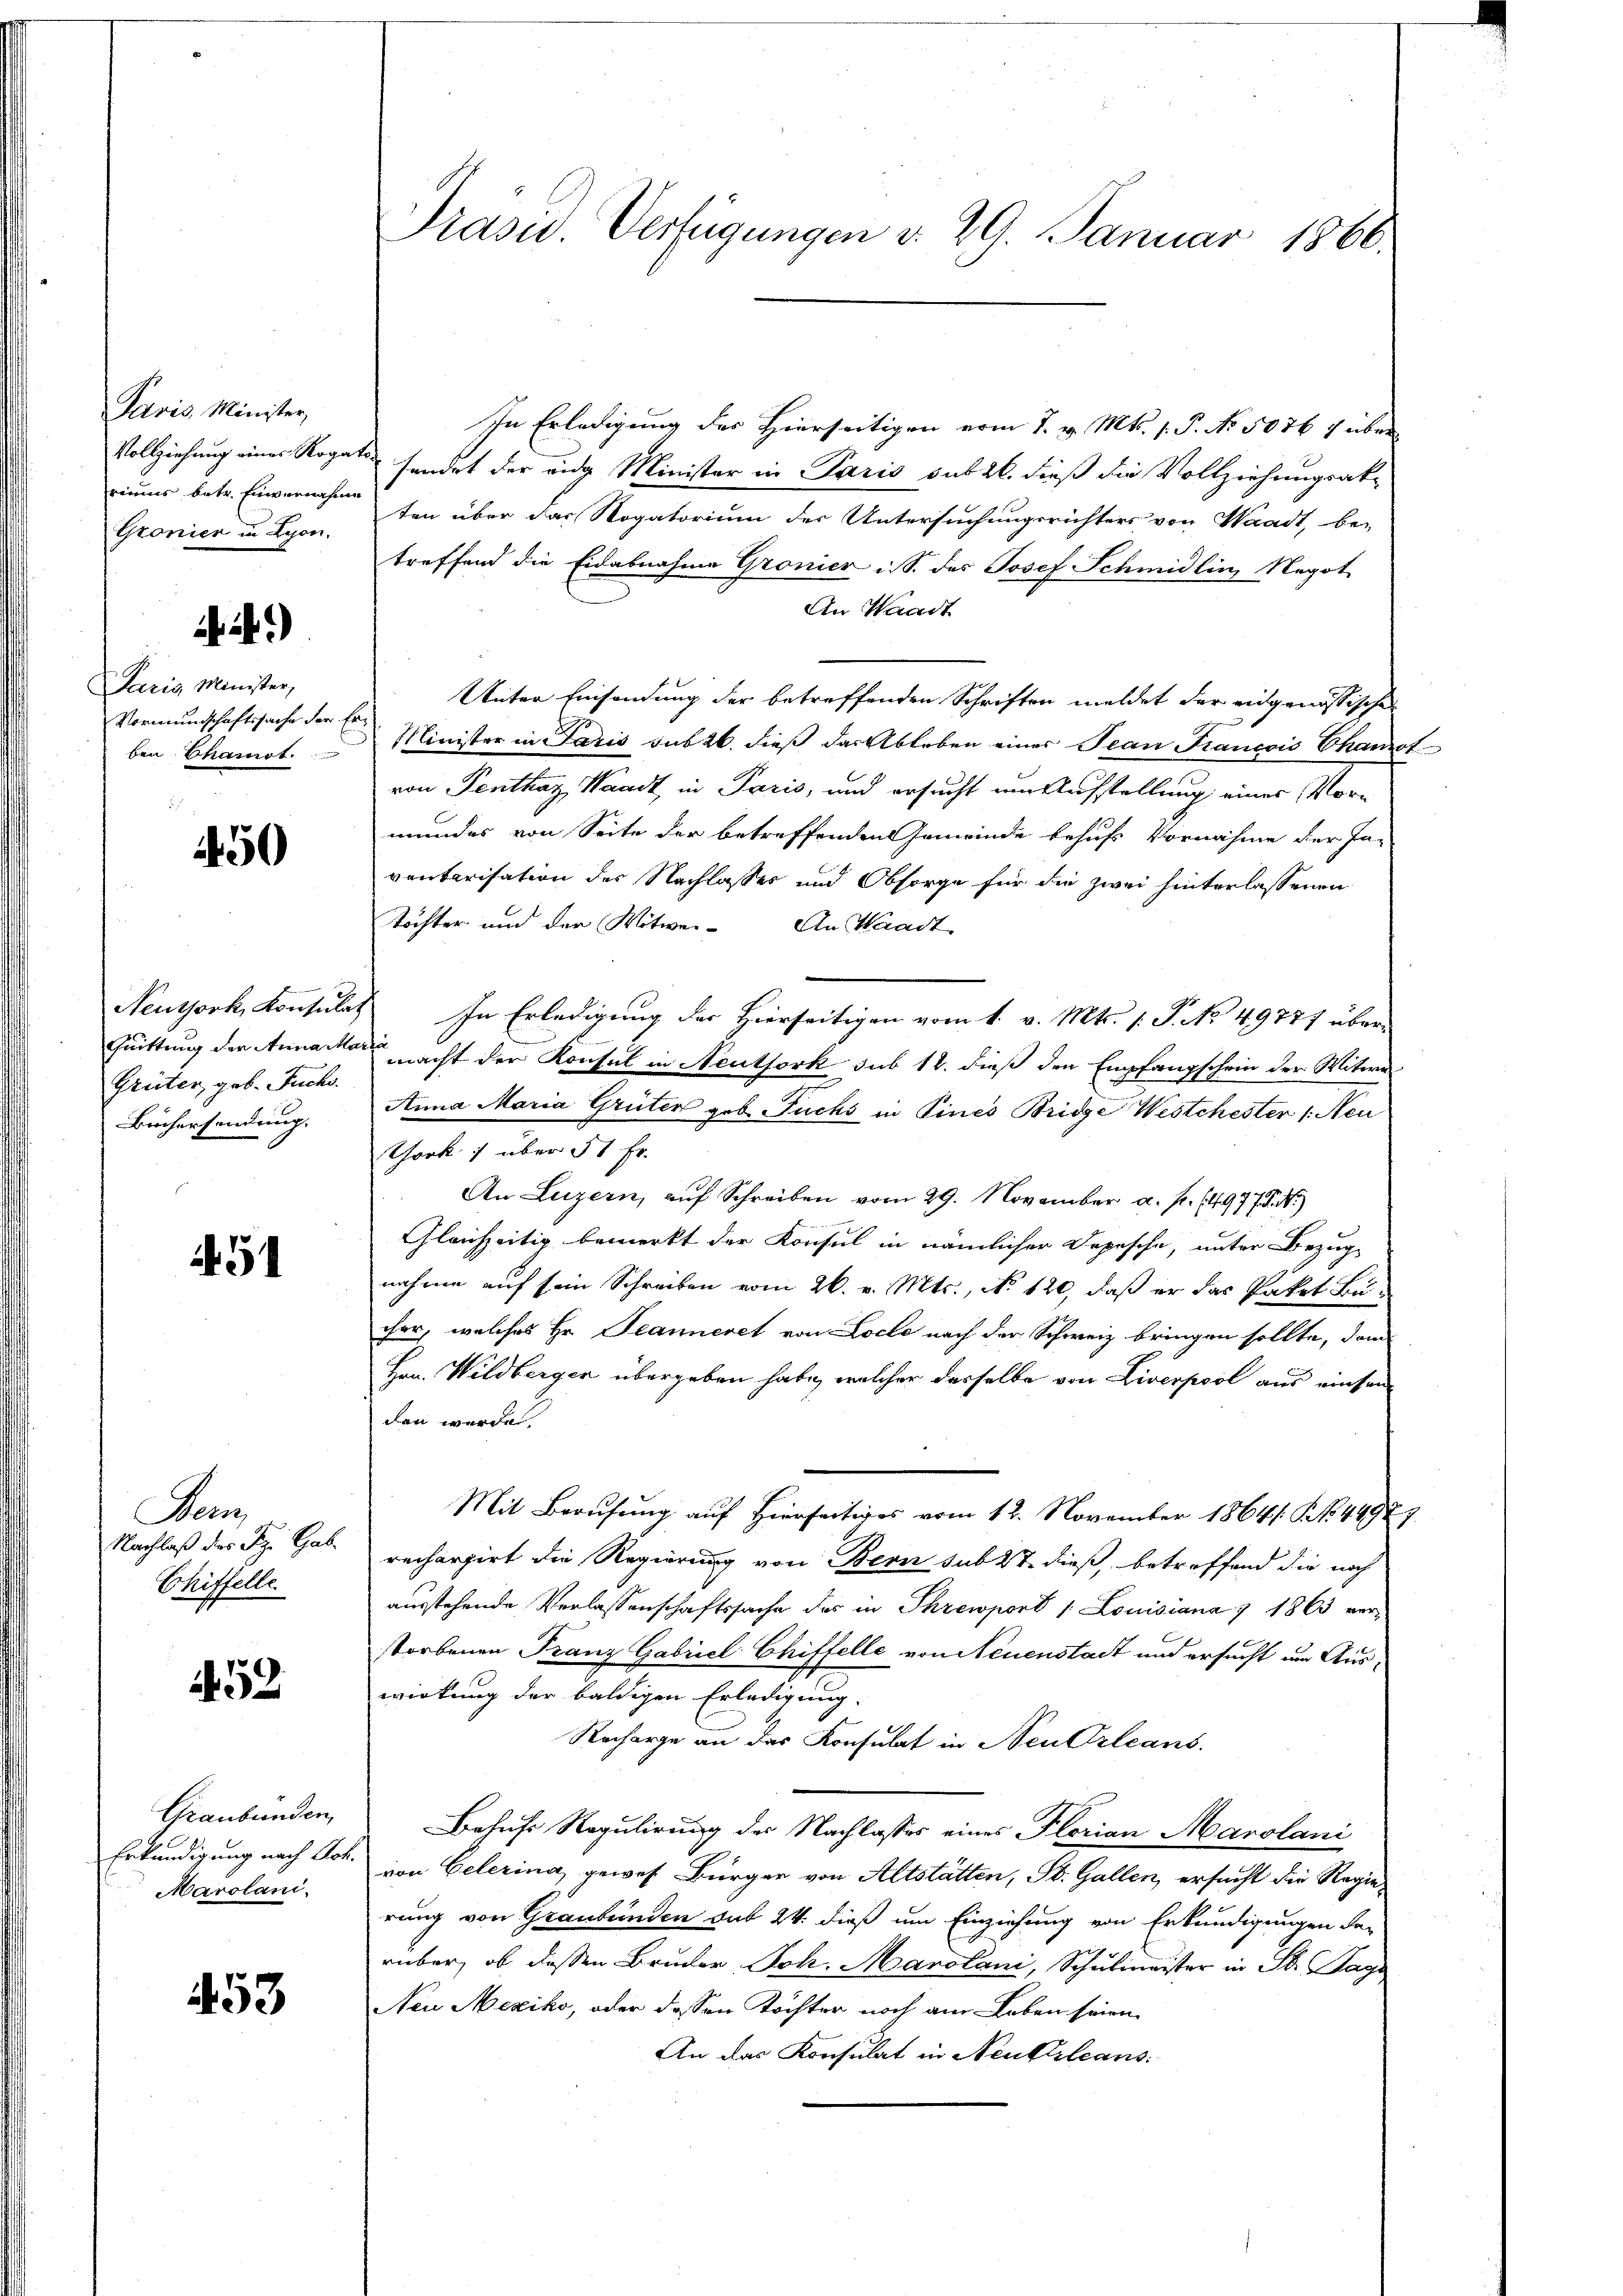
Pavis, Minister,
Vollziehung eines Rogat
riums betr. Einvernahme
Gronier in Lyon.

Paris Minister,
Vormundschaftssache der
ben Chamot.

50

Neuthork, Konsulat
Quittung der Anna Ma¬
Grüter, geb. Fuchs.
Brüchersendung.

51

Deu
Nachlaß der Az. Gab
Chiffelle.

52

Graubünden,
Erkundigung nach Joh.
Marolani.

453

Präsid.. Verfügungen v. 29. Januar 1866.

In Erledigung des Hierseitigen vom 7. v. Mts. f. P. No. 5076 f über
sendet der eidg Minister in Paris sub 20. dieß die Vollziehungsak-
ten über das Rogatorium der Untersuchungsrichters von Waadt, be-
treffend die Eidabnahme Gronier ist. des Josef Schmidlin Negot
An Waadt
Unter Einsendung der betreffenden Schriften meldet der eidgenössischen
Minister in Paris sub 26. dieß das Ableben einer Jean Francois Chamot
von Penthaz, Waadt, in Paris, und ersucht um Aufstellung eines Vormundes von Seite der betreffenden Gemeinde behufs Vornahme der In-
ventarisation des Nachlasses und Obsorge für die zwei hinterlassenen
Töchter und der Witwei- An Waadt
In Erledigung des Hierseitigen vom 1. v. Mts. 1. P. No. 49777 über
macht der Konsul in Neuthork sub 18. dieß den Empfangschein der Witwe
Anna Maria Grüter geb. Fuchs in Eines Bridge Westchester (Neu
Chork 1 über 31 Fr.
An Luzern, auf Schreiben vom 29. November a. f. 14977.N.)
Gleichzeitig bemerkt der Konsul in nämlicher Depesche, unter Bezug
nahme auf sein Schreiben vom 26. v. Mts., No 120, daß er das Paket Bucher, welches Hr. Jeanneret von Loche nach der Schweiz bringen sollte, den
Hrn. Wildberger übergeben habe, welcher dasselbe von Liverpool aus einsam
den werden.
Mit Berufung auf Hierseitiges vom 12. November 1864. P. Nr. 4497)
rechargirt die Regierung von Bern sub 27. dieß, betreffend die noch
ausstehende Verlassenschaftssache des in Threwporb 1 Louisiana & 1863 verstorbenen Franz Gabriel Chiffelle von Neuenstadt und ersucht um Auswirkung der baldigen Erledigung.
Recharge an das Konsulat in Neu Orleans
Behufs Regulirung des Nachlasses eines Florian Marolani
von Gelerina, gewes Bürger von Altstätten, St. Gallen, ersucht die Regie-
rung von Graubünden sub 24. dieß um Einziehung von Erkundigungen der
rüber, ob dessen Bruder Joh. Marotani, Schulmeister in St. Pag.
Neu Mexiko, oder dessen Töchter noch am Leben seien.
An das Konsulat in Neuferleans